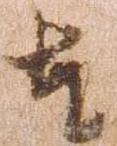
奉